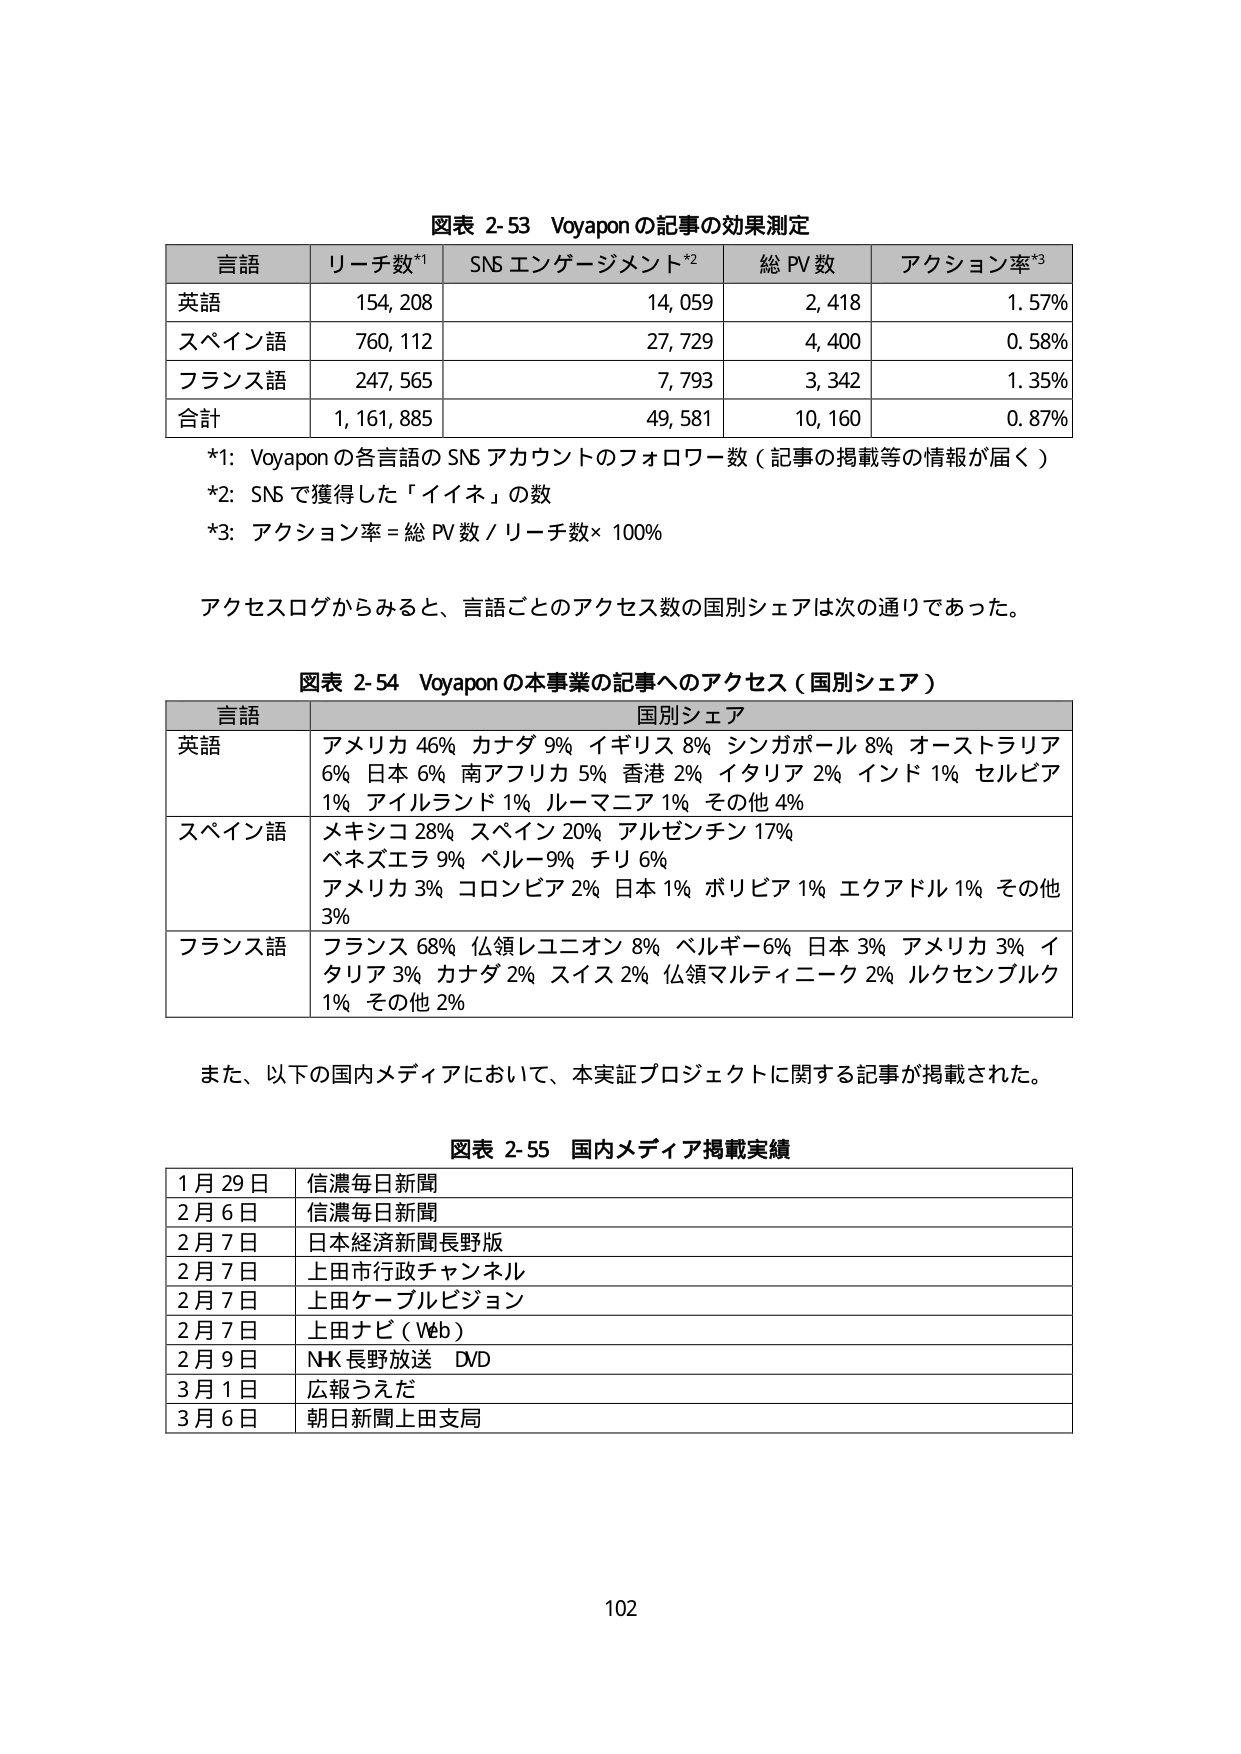
図表 2-53 Voyapon の記事の効果測定

言語 リーチ数*1 SNS エンゲージメント*2 総 PV 数 アクション率*3
英語 154,208 14,059 2,418 1.57%
スペイン語 760,112 27,729 4,400 0.58%
フランス語 247,565 7,793 3,342 1.35%
合計 1,161,885 49,581 10,160 0.87%

*1: Voyapon の各言語の SNS アカウントのフォロワー数（記事の掲載等の情報が届く）
*2: SNS で獲得した「イイネ」の数
*3: アクション率 = 総 PV 数 / リーチ数 × 100%

アクセスログからみると、言語ごとのアクセス数の国別シェアは次の通りであった。

図表 2-54 Voyapon の本事業の記事へのアクセス（国別シェア）

言語 国別シェア
英語 アメリカ 46% カナダ 9% イギリス 8% シンガポール 8% オーストラリア 6% 日本 6% 南アフリカ 5% 香港 2% イタリア 2% インド 1% セルビア 1% アイルランド 1% ルーマニア 1% その他 4%
スペイン語 メキシコ 28% スペイン 20% アルゼンチン 17% ベネズエラ 9% ペルー9% チリ 6% アメリカ 3% コロンビア 2% 日本 1% ボリビア 1% エクアドル 1% その他 3%
フランス語 フランス 68% 仏領レユニオン 8% ベルギー6% 日本 3% アメリカ 3% イタリア 3% カナダ 2% スイス 2% 仏領マルティニーク 2% ルクセンブルク 1% その他 2%

また、以下の国内メディアにおいて、本実証プロジェクトに関する記事が掲載された。

図表 2-55 国内メディア掲載実績

1月29日 信濃毎日新聞
2月6日 信濃毎日新聞
2月7日 日本経済新聞長野版
2月7日 上田市行政チャンネル
2月7日 上田ケーブルビジョン
2月7日 上田ナビ（Web）
2月9日 NHK 長野放送 DVD
3月1日 広報うえだ
3月6日 朝日新聞上田支局

102